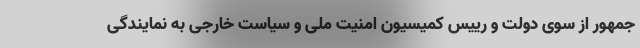
جمهور از سوی دولت و رییس کمیسیون امنیت ملی و سیاست خارجی به نمایندگی